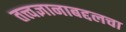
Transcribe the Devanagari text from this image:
तत्त्वज्ञानाबद्दलचा